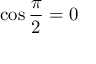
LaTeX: \cos { \frac { \pi } { 2 } } = 0